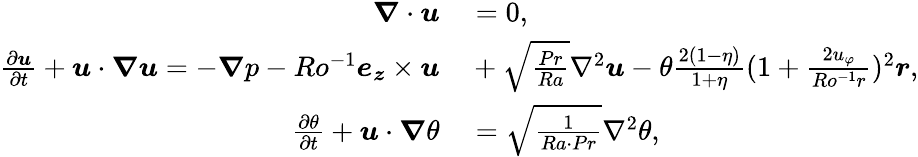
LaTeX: \begin{array}{rl}{\boldsymbol{\nabla}\cdot\boldsymbol{u}}&{{}=0,}\\ {\frac{\partial\boldsymbol{u}}{\partial t}+\boldsymbol{u}\cdot\boldsymbol{\nabla u}=-\boldsymbol{\nabla}p-Ro^{-1}\boldsymbol{e_{z}}\times\boldsymbol{u}}&{{}+\sqrt{\frac{Pr}{Ra}}\nabla^{2}\boldsymbol{u}-\theta\frac{2(1-\eta)}{1+\eta}(1+\frac{2u_{\varphi}}{Ro^{-1}r})^{2}\boldsymbol{r},}\\ {\frac{\partial\theta}{\partial t}+\boldsymbol{u}\cdot\boldsymbol{\nabla}\theta}&{{}=\sqrt{\frac{1}{Ra\cdot Pr}}\nabla^{2}\theta,}\end{array}